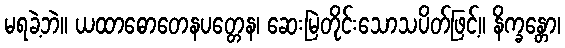
မရခဲ့ဘဲ။ ယထာဓောတေနပတ္တေန၊ ဆေးမြဲတိုင်းသောသပိတ်ဖြင့်။ နိက္ခန္တော၊